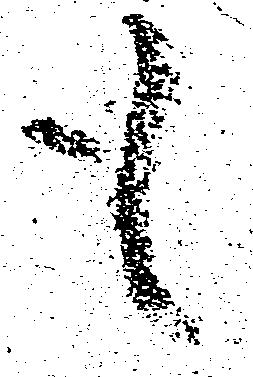
も